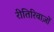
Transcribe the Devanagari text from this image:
रीतिरिवाज़ों